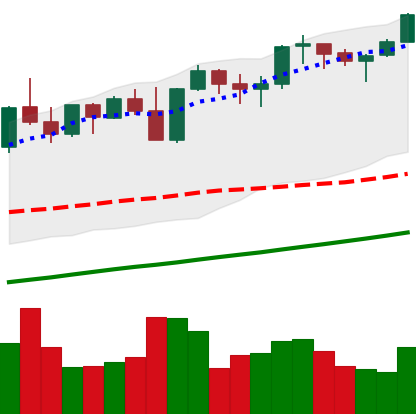
Ticker: ETH-USD
Chart end date: 2021-11-08
Forward return: -3.338%
Label: down_3_5